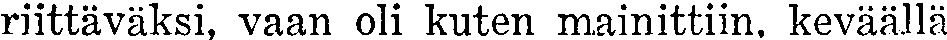
riittäväksi, vaan oli kuten mainittiin, keväällä